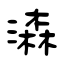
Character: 潹